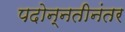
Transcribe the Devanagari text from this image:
पदोन्नतीनंतर